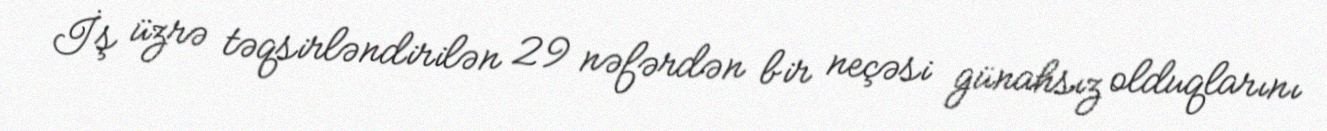
İş üzrə təqsirləndirilən 29 nəfərdən bir neçəsi günahsız olduqlarını